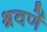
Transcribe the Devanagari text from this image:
श्रवणें